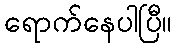
ရောက်နေပါပြီ။